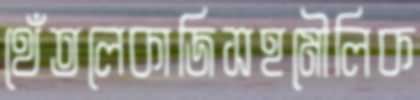
থেঁতলেকাজিসহমৌলিক